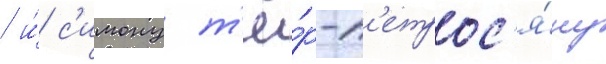
/ и́ с'имону т'ё́р-п'етрос'я́ну